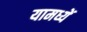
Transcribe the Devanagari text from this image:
यामध्यें